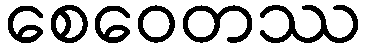
စေဝေတဿ